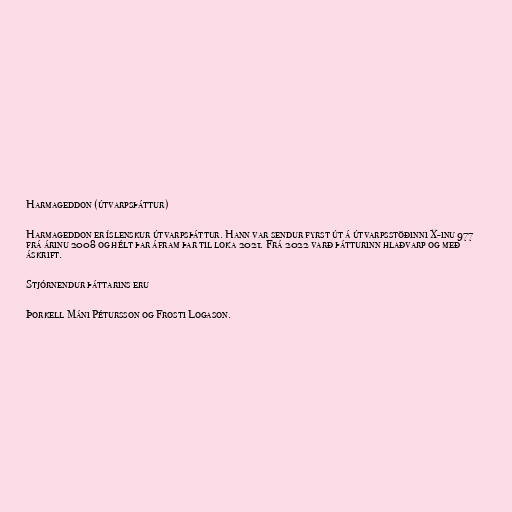
Harmageddon (útvarpsþáttur)

Harmageddon er íslenskur útvarpsþáttur. Hann var sendur fyrst út á útvarpsstöðinni X-inu 977
frá árinu 2008 og hélt þar áfram þar til loka 2021. Frá 2022 varð þátturinn hlaðvarp og með
áskrift.

Stjórnendur þáttarins eru

Þorkell Máni Pétursson og Frosti Logason.